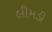
લીમડી